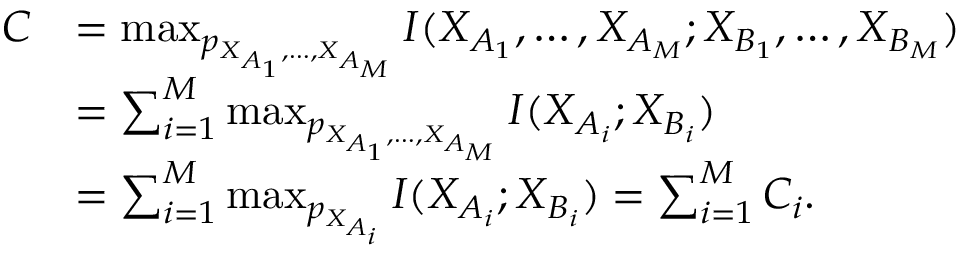
\begin{array} { r l } { C } & { = \operatorname* { m a x } _ { p _ { X _ { A _ { 1 } } , \ldots , X _ { A _ { M } } } } I ( X _ { A _ { 1 } } , \ldots , X _ { A _ { M } } ; X _ { B _ { 1 } } , \ldots , X _ { B _ { M } } ) } \\ & { = \sum _ { i = 1 } ^ { M } \operatorname* { m a x } _ { p _ { X _ { A _ { 1 } } , \ldots , X _ { A _ { M } } } } I ( X _ { A _ { i } } ; X _ { B _ { i } } ) } \\ & { = \sum _ { i = 1 } ^ { M } \operatorname* { m a x } _ { p _ { X _ { A _ { i } } } } I ( X _ { A _ { i } } ; X _ { B _ { i } } ) = \sum _ { i = 1 } ^ { M } C _ { i } . } \end{array}